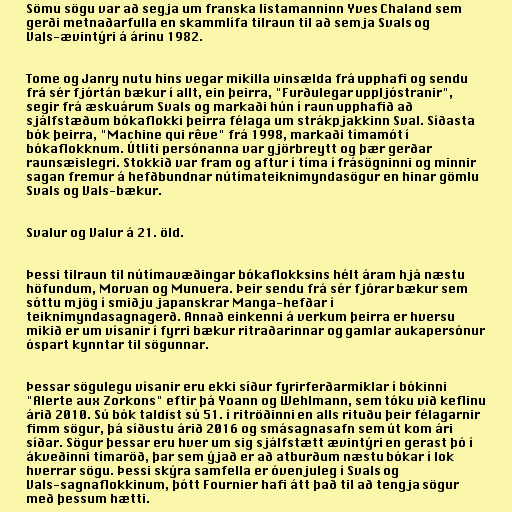
Sömu sögu var að segja um franska listamanninn Yves Chaland sem
gerði metnaðarfulla en skammlífa tilraun til að semja Svals og
Vals-ævintýri á árinu 1982.

Tome og Janry nutu hins vegar mikilla vinsælda frá upphafi og sendu
frá sér fjórtán bækur í allt, ein þeirra, "Furðulegar uppljóstranir",
segir frá æskuárum Svals og markaði hún í raun upphafið að
sjálfstæðum bókaflokki þeirra félaga um strákpjakkinn Sval. Síðasta
bók þeirra, "Machine qui rêve" frá 1998, markaði tímamót í
bókaflokknum. Útliti persónanna var gjörbreytt og þær gerðar
raunsæislegri. Stokkið var fram og aftur í tíma í frásögninni og minnir
sagan fremur á hefðbundnar nútímateiknimyndasögur en hinar gömlu
Svals og Vals-bækur.

Svalur og Valur á 21. öld.

Þessi tilraun til nútímavæðingar bókaflokksins hélt áram hjá næstu
höfundum, Morvan og Munuera. Þeir sendu frá sér fjórar bækur sem
sóttu mjög í smiðju japanskrar Manga-hefðar í
teiknimyndasagnagerð. Annað einkenni á verkum þeirra er hversu
mikið er um vísanir í fyrri bækur ritraðarinnar og gamlar aukapersónur
óspart kynntar til sögunnar.

Þessar sögulegu vísanir eru ekki síður fyrirferðarmiklar í bókinni
"Alerte aux Zorkons" eftir þá Yoann og Wehlmann, sem tóku við keflinu
árið 2010. Sú bók taldist sú 51. í ritröðinni en alls rituðu þeir félagarnir
fimm sögur, þá síðustu árið 2016 og smásagnasafn sem út kom ári
síðar. Sögur þessar eru hver um sig sjálfstætt ævintýri en gerast þó í
ákveðinni tímaröð, þar sem ýjað er að atburðum næstu bókar í lok
hverrar sögu. Þessi skýra samfella er óvenjuleg í Svals og
Vals-sagnaflokkinum, þótt Fournier hafi átt það til að tengja sögur
með þessum hætti.